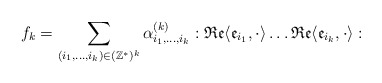
\begin{align*} f_k=\sum_{(i_1,\dots, i_k)\in (\mathbb{Z}^*)^k}\alpha_{i_1,\dots,i_k}^{(k)}:\mathfrak{Re}\langle \mathfrak{e}_{i_1},\cdot \rangle\dots \mathfrak{Re}\langle \mathfrak{e}_{i_k},\cdot \rangle:\end{align*}